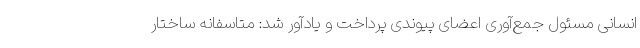
انسانی مسئول جمع‌آوری اعضای پیوندی پرداخت و یادآور شد: متاسفانه ساختار